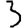
Digit: 3